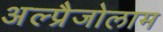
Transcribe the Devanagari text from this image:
अल्प्रैजोलाम